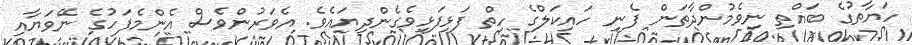
ހަޔާތުގެ ބައްތި ނިވެމުންދާތަން ފެނި ހައިކަލްގެ ހިތް ފަޅިފަޅިވެގެންދިޔައެވެ. އެވަރުންވެސް އެންމެފަހުގެ ނޭވަޔާއި